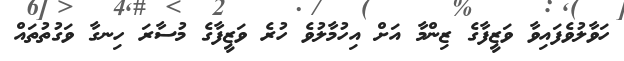
ހަވާލުވެފައިވާ ވަޒީފާގެ ޒިންމާ އަށް އިހުމާލުވެ ހުރެ ވަޒީފާގެ މުސާރަ ހިނގާ ވަގުތުތައް